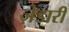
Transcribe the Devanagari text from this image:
ज़ेडारी